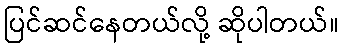
ပြင်ဆင်နေတယ်လို့ ဆိုပါတယ်။